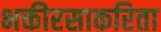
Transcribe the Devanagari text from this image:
भक्तीरसाकरिता